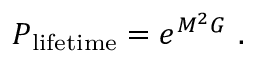
P _ { \mathrm { l i f e t i m e } } = e ^ { M ^ { 2 } G } \ .